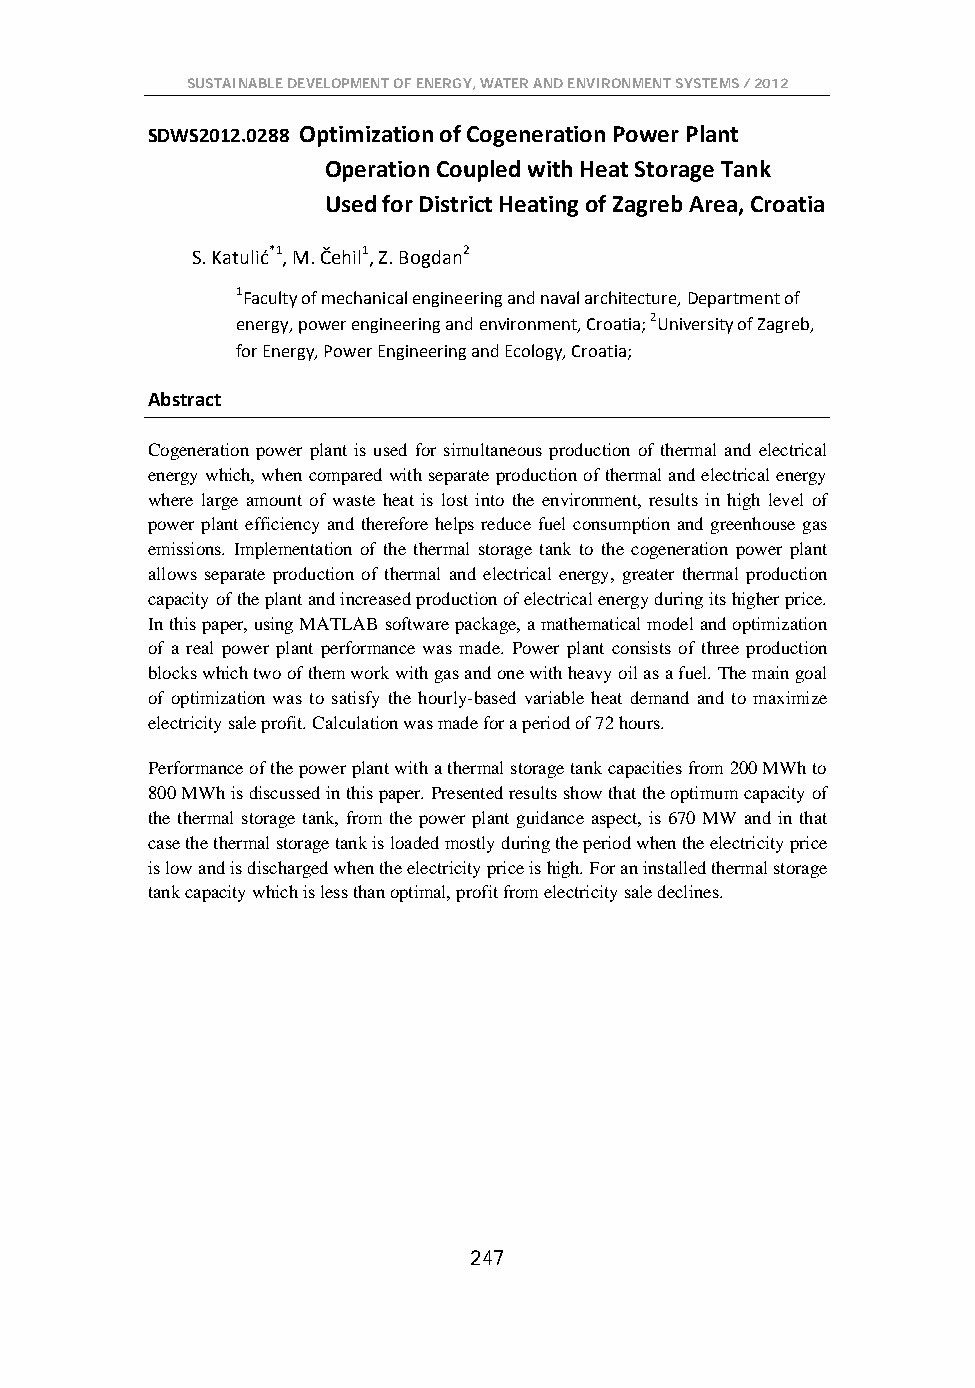
SUSTAINABLE DEVELOPMENT OF ENERGY, WATER AND ENVIRONMENT SYSTEMS / 2012
 SDWS2012.0288 Optimization of Cogeneration Power Plant
 Operation Coupled with Heat Storage Tank
 Used for District Heating of Zagreb Area, Croatia
 S. Katulić*1, M. Čehil1, Z. Bogdan2
 1Faculty of mechanical engineering and naval architecture, Department of
 energy, power engineering and environment, Croatia; 2University of Zagreb,
 for Energy, Power Engineering and Ecology, Croatia;
 Abstract
 Cogeneration power plant is used for simultaneous production of thermal and electrical
 energy which, when compared with separate production of thermal and electrical energy
 where large amount of waste heat is lost into the environment, results in high level of
 power plant efficiency and therefore helps reduce fuel consumption and greenhouse gas
 emissions. Implementation of the thermal storage tank to the cogeneration power plant
 allows separate production of thermal and electrical energy, greater thermal production
 capacity of the plant and increased production of electrical energy during its higher price.
 In this paper, using MATLAB software package, a mathematical model and optimization
 of a real power plant performance was made. Power plant consists of three production
 blocks which two of them work with gas and one with heavy oil as a fuel. The main goal
 of optimization was to satisfy the hourly-based variable heat demand and to maximize
 electricity sale profit. Calculation was made for a period of 72 hours.
 Performance of the power plant with a thermal storage tank capacities from 200 MWh to
 800 MWh is discussed in this paper. Presented results show that the optimum capacity of
 the thermal storage tank, from the power plant guidance aspect, is 670 MW and in that
 case the thermal storage tank is loaded mostly during the period when the electricity price
 is low and is discharged when the electricity price is high. For an installed thermal storage
 tank capacity which is less than optimal, profit from electricity sale declines.
 247